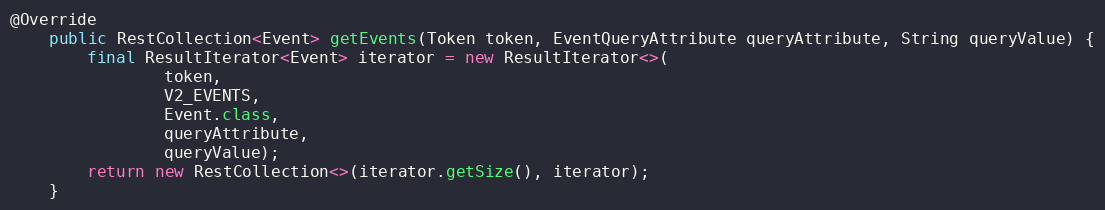
Language: Java
@Override
	public RestCollection<Event> getEvents(Token token, EventQueryAttribute queryAttribute, String queryValue) {
		final ResultIterator<Event> iterator = new ResultIterator<>(
				token,
				V2_EVENTS,
				Event.class,
				queryAttribute,
				queryValue);
		return new RestCollection<>(iterator.getSize(), iterator);
	}